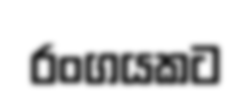
රංගයකට